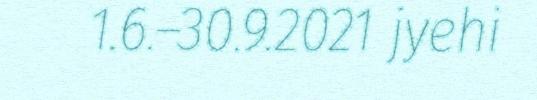
1.6.–30.9.2021 jyehi